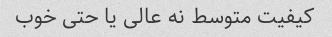
کیفیت متوسط نه عالی یا حتی خوب